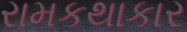
રામકથાકાર